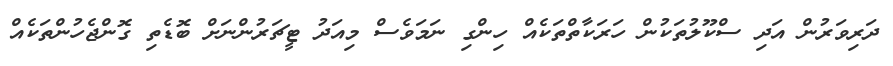
ދަރިވަރުން އަދި ސްކޫލުތަކުން ހަރަކާތްތަކެއް ހިންގި ނަމަވެސް މިއަދު ޓީޗަރުންނަށް ބޮޑެތި ގޮންޖެހުންތަކެއް